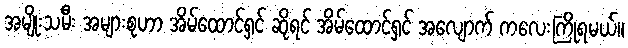
အမျိုးသမီး အများစုဟာ အိမ်ထောင်ရှင် ဆိုရင် အိမ်ထောင်ရှင် အလျောက် ကလေးကြိုရမယ်။